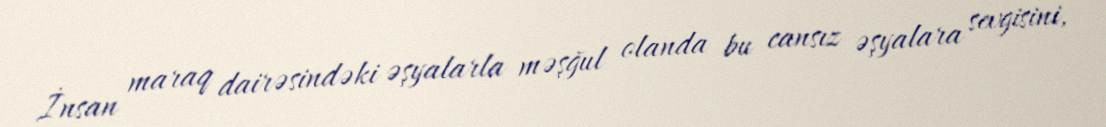
İnsan maraq dairəsindəki əşyalarla məşğul olanda bu cansız əşyalara sevgisini,